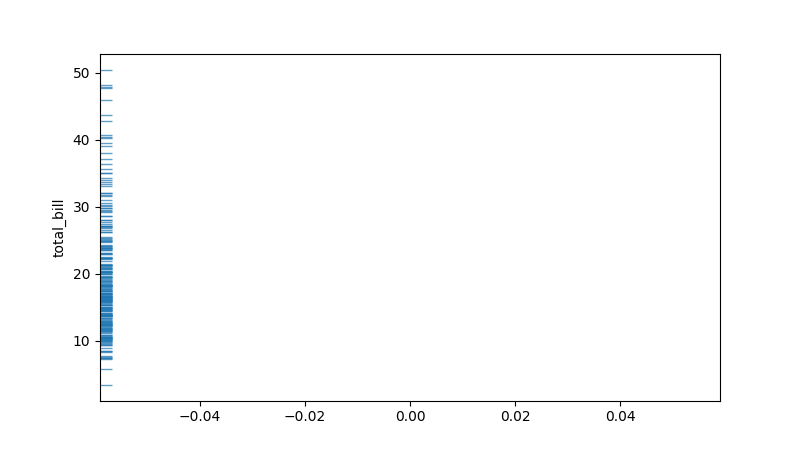
python, seaborn, rugplot, height=0.02, axis='y', alpha=0.7